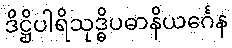
ဒိဋ္ဌိပါရိသုဒ္ဓိပဓာနိယင်္ဂေန